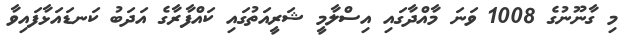
މި ގާނޫނުގެ 1008 ވަނަ މާއްދާގައި އިސްލާމީ ޝަރީއަތުގައި ކައްފާރާގެ އަދަބު ކަނޑައަޅާފައިވާ